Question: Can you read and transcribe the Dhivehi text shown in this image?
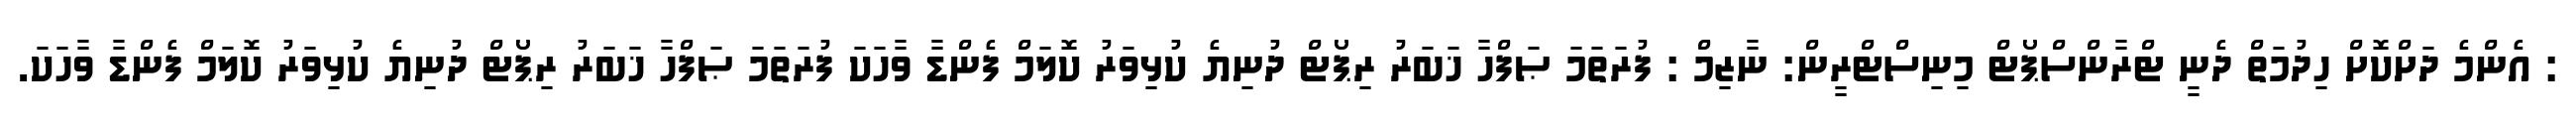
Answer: : އެންމެ ދަށްކޮށް ހިދުމަތް ދެނީ ޓްރާންސްޕޯޓް މިނިސްޓްރީން: ނާޒިމް : ފުރަތަމަ ޞަފްހާ ޚަބަރު ރިޕޯޓް ދުނިޔެ ކުޅިވަރު ކޮލަމް ފެންޑާ ވާހަކަ ފުރަތަމަ ޞަފްހާ ޚަބަރު ރިޕޯޓް ދުނިޔެ ކުޅިވަރު ކޮލަމް ފެންޑާ ވާހަކަ.